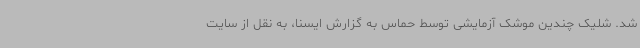
شد. شلیک چندین موشک آزمایشی توسط حماس به گزارش ایسنا، به نقل از سایت